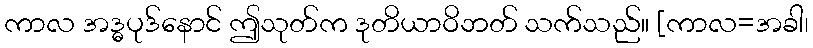
ကာလ အဒ္ဓပုဒ်နောင် ဤသုတ်က ဒုတိယာဝိဘတ် သက်သည်။ [ကာလ=အခါ၊